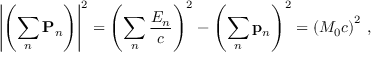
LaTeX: \left| \left( \sum _ { n } \mathbf { P } _ { n } \right) \right| ^ { 2 } = \left( \sum _ { n } { \frac { E _ { n } } { c } } \right) ^ { 2 } - \left( \sum _ { n } \mathbf { p } _ { n } \right) ^ { 2 } = \left( M _ { 0 } c \right) ^ { 2 } \, ,